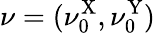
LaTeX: \nu=(\nu_{0}^{\mathrm{X}},\nu_{0}^{\mathrm{Y}})